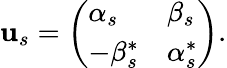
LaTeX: {\mathbf u}_{s}=\left(\begin{array}{ll}{{\alpha_{s}}}&{{\beta_{s}}}\\ {{-\beta_{s}^{\ast}}}&{{\alpha_{s}^{\ast}}}\end{array}\right).